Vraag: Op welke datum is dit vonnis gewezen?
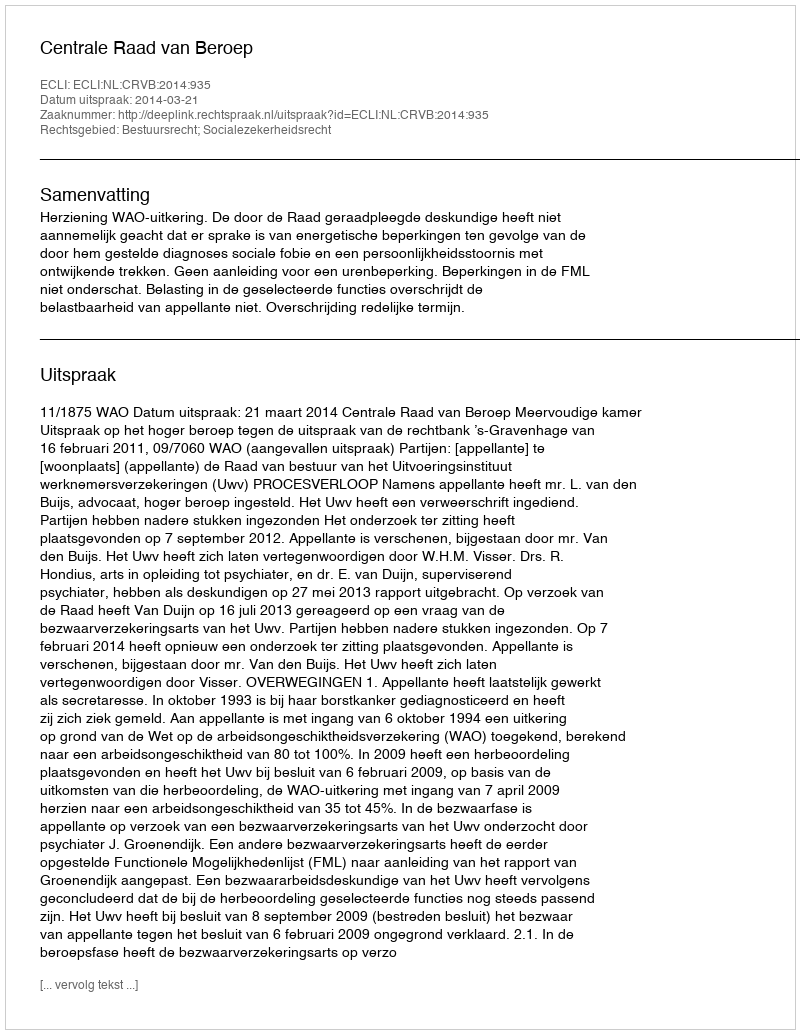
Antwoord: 2014-03-21